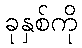
ခုနှစ်ကို